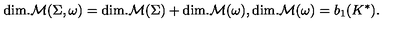
\mathrm { d i m . } { \cal M } ( \Sigma , \omega ) = \mathrm { d i m . } { \cal M } ( \Sigma ) + \mathrm { d i m . } { \cal M } ( \omega ) , { } \mathrm { d i m . } { \cal M } ( \omega ) = b _ { 1 } ( K ^ { \ast } ) .